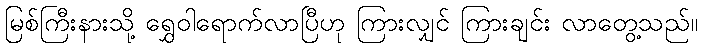
မြစ်ကြီးနားသို့ ရွှေဝါရောက်လာပြီဟု ကြားလျှင် ကြားချင်း လာတွေ့သည်။